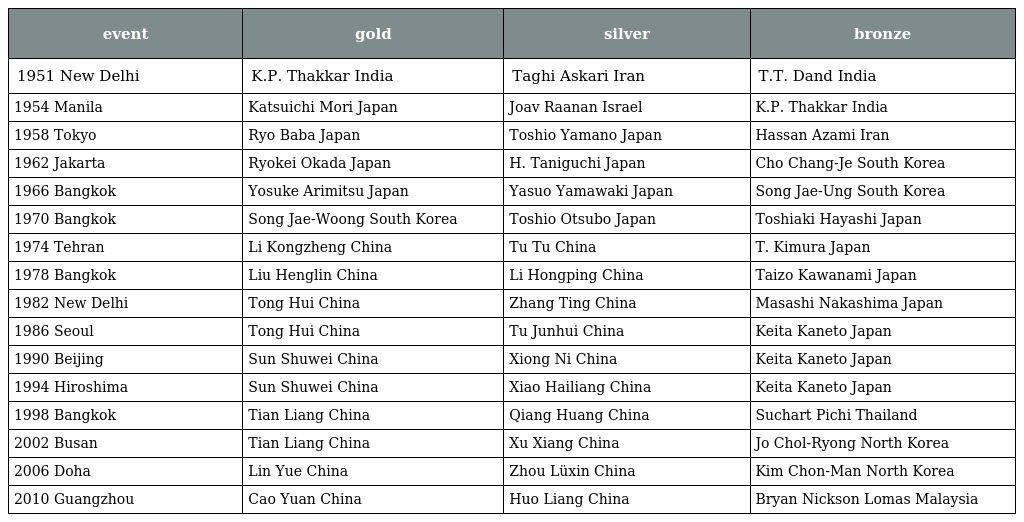
| event | gold | silver | bronze |
 | --- | --- | --- | --- |
 | 1951 New Delhi | K.P. Thakkar India | Taghi Askari Iran | T.T. Dand India |
 | 1954 Manila | Katsuichi Mori Japan | Joav Raanan Israel | K.P. Thakkar India |
 | 1958 Tokyo | Ryo Baba Japan | Toshio Yamano Japan | Hassan Azami Iran |
 | 1962 Jakarta | Ryokei Okada Japan | H. Taniguchi Japan | Cho Chang-Je South Korea |
 | 1966 Bangkok | Yosuke Arimitsu Japan | Yasuo Yamawaki Japan | Song Jae-Ung South Korea |
 | 1970 Bangkok | Song Jae-Woong South Korea | Toshio Otsubo Japan | Toshiaki Hayashi Japan |
 | 1974 Tehran | Li Kongzheng China | Tu Tu China | T. Kimura Japan |
 | 1978 Bangkok | Liu Henglin China | Li Hongping China | Taizo Kawanami Japan |
 | 1982 New Delhi | Tong Hui China | Zhang Ting China | Masashi Nakashima Japan |
 | 1986 Seoul | Tong Hui China | Tu Junhui China | Keita Kaneto Japan |
 | 1990 Beijing | Sun Shuwei China | Xiong Ni China | Keita Kaneto Japan |
 | 1994 Hiroshima | Sun Shuwei China | Xiao Hailiang China | Keita Kaneto Japan |
 | 1998 Bangkok | Tian Liang China | Qiang Huang China | Suchart Pichi Thailand |
 | 2002 Busan | Tian Liang China | Xu Xiang China | Jo Chol-Ryong North Korea |
 | 2006 Doha | Lin Yue China | Zhou Lüxin China | Kim Chon-Man North Korea |
 | 2010 Guangzhou | Cao Yuan China | Huo Liang China | Bryan Nickson Lomas Malaysia |